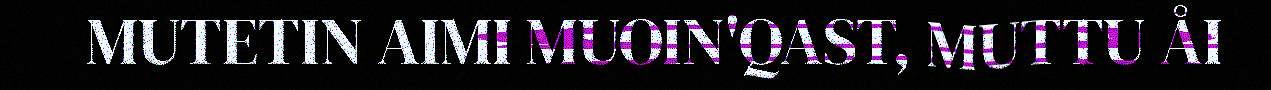
MUTETIN AIMI MUOIN'QAST, MUTTU ÅI